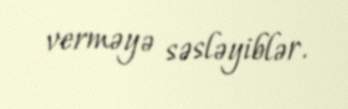
verməyə səsləyiblər.